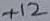
Text: +12